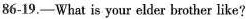
86-19.——What is your elder brother like?